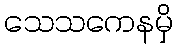
သေသကေနမှိ